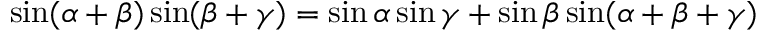
\sin ( \alpha + \beta ) \sin ( \beta + \gamma ) = \sin \alpha \sin \gamma + \sin \beta \sin ( \alpha + \beta + \gamma )